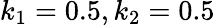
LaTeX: k_{1}=0.5,k_{2}=0.5